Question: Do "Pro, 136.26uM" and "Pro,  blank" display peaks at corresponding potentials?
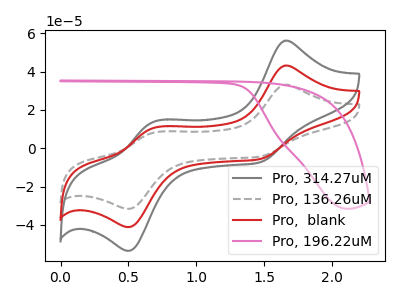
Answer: <think>The gray curve "Pro, 314.27uM" has anodic peaks at (1.65V, 86.30uA) (0.70V, 20.70uA) and cathodic peaks at (1.50V, -11.10uA) (0.50V, -82.20uA). The gray dashed curve "Pro, 136.26uM" has anodic peaks at (1.65V, 33.15uA) (0.70V, 7.95uA) and cathodic peaks at (1.50V, -4.25uA) (0.50V, -31.60uA). The red curve "Pro,  blank" has anodic peaks at (1.65V, 43.15uA) (0.70V, 10.35uA) and cathodic peaks at (1.50V, -5.55uA) (0.50V, -41.10uA). The pink curve "Pro, 196.22uM" has no peaks.</think>
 <answer>Yes, "Pro, 136.26uM" have a peak in "Pro,  blank" at the same potential.</answer>
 <eval>match</eval>